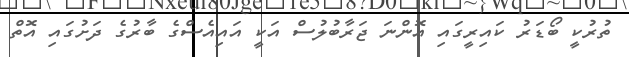
ތުރުކީ ބޯޑަރު ކައިރީގައި އޮންނަ ޖަރާބުލުސް އަކީ އައިއެސްގެ ބާރުގެ ދަށުގައި އޮތް